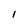
Character: 1